Report of the Hyderabad Chloroform Commission
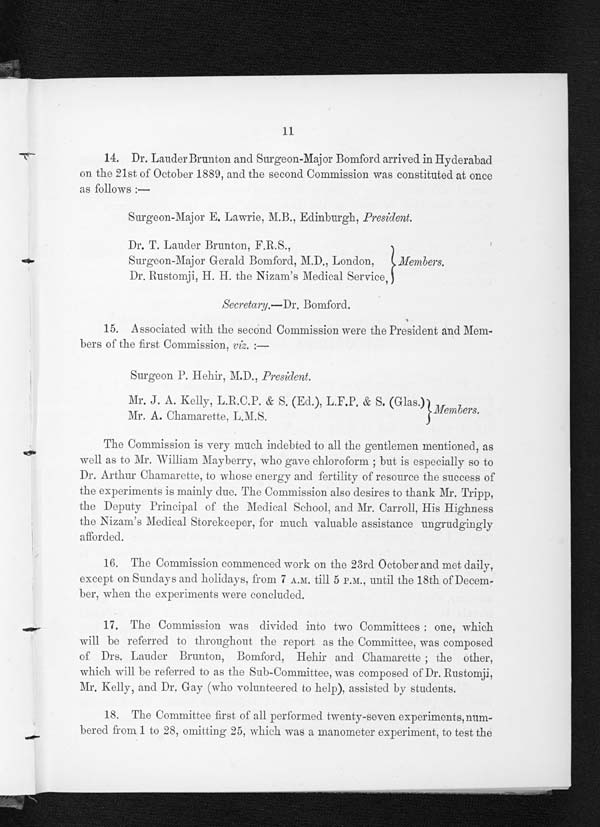
11
14. Dr. Lauder Brunton and Surgeon-Major Bomford arrived in Hyderabad
on the 21st of October 1889, and the second Commission was constituted at once
as follows:—
Surgeon-Major E. Lawrie, M.B., Edinburgh, President.
Dr. T. Lauder Brunton, F.R.S.,
Surgeon-Major Gerald Bomford, M.D., London,
Dr. Rustomji, H. H. the Nizam's Medical Service,
Members
Secretary.—Dr. Bomford.
15. Associated with the second Commission were the President and Mem-
bers of the first Commission, viz .:—
Surgeon P. Hehir, M.D., President.
Mr. J . A. Kelly, L.R.C.P. &amp; S. (Ed.), L.F.P. &amp; S. (Glas.)
Mr. A. Chamarette,L.M.S.
Members.
The Commission is very much indebted to all the gentlemen mentioned, as
well as to Mr. William Mayberry, who gave chloroform; but is especially so to
Dr. Arthur Chamarette, to whose energy and fertility of resource the success of
the experiments is mainly due. The Commission also desires to thank Mr. Tripp,
the Deputy Principal of the Medical School, and Mr. Carroll, His Highness
the Nizam's Medical Storekeeper, for much valuable assistance ungrudgingly
afforded.
16. The Commission commenced work on the 23rd October and met daily,
except on Sundays and holidays, from 7 A.M . till 5 P.M., until the 18th of Decem-
ber, when the experiments were concluded.
17. The Commission was divided into two Committees: one, which
will be referred to throughout the report as the Committee, was composed
of Drs. Lauder Brunton, Bomford, Hehir and Chamarette; the other,
which will be referred to as the Sub-Committee, was composed of Dr. Rustomji,
Mr. Kelly, and Dr. Gay (who volunteered to help), assisted by students.
18. The Committee first of all performed twenty-seven experiments, num-
bered from 1 to 28, omitting 25, which was a manometer experiment, to test the